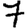
Digit: 7